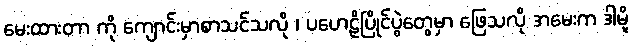
မေးထားတာ ကို ကျောင်းမှာစာသင်သလို ၊ ပဟေဠိပြိုင်ပွဲတွေမှာ ဖြေသလို အမေးက ဒါမို့